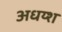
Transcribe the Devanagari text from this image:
अधय्श